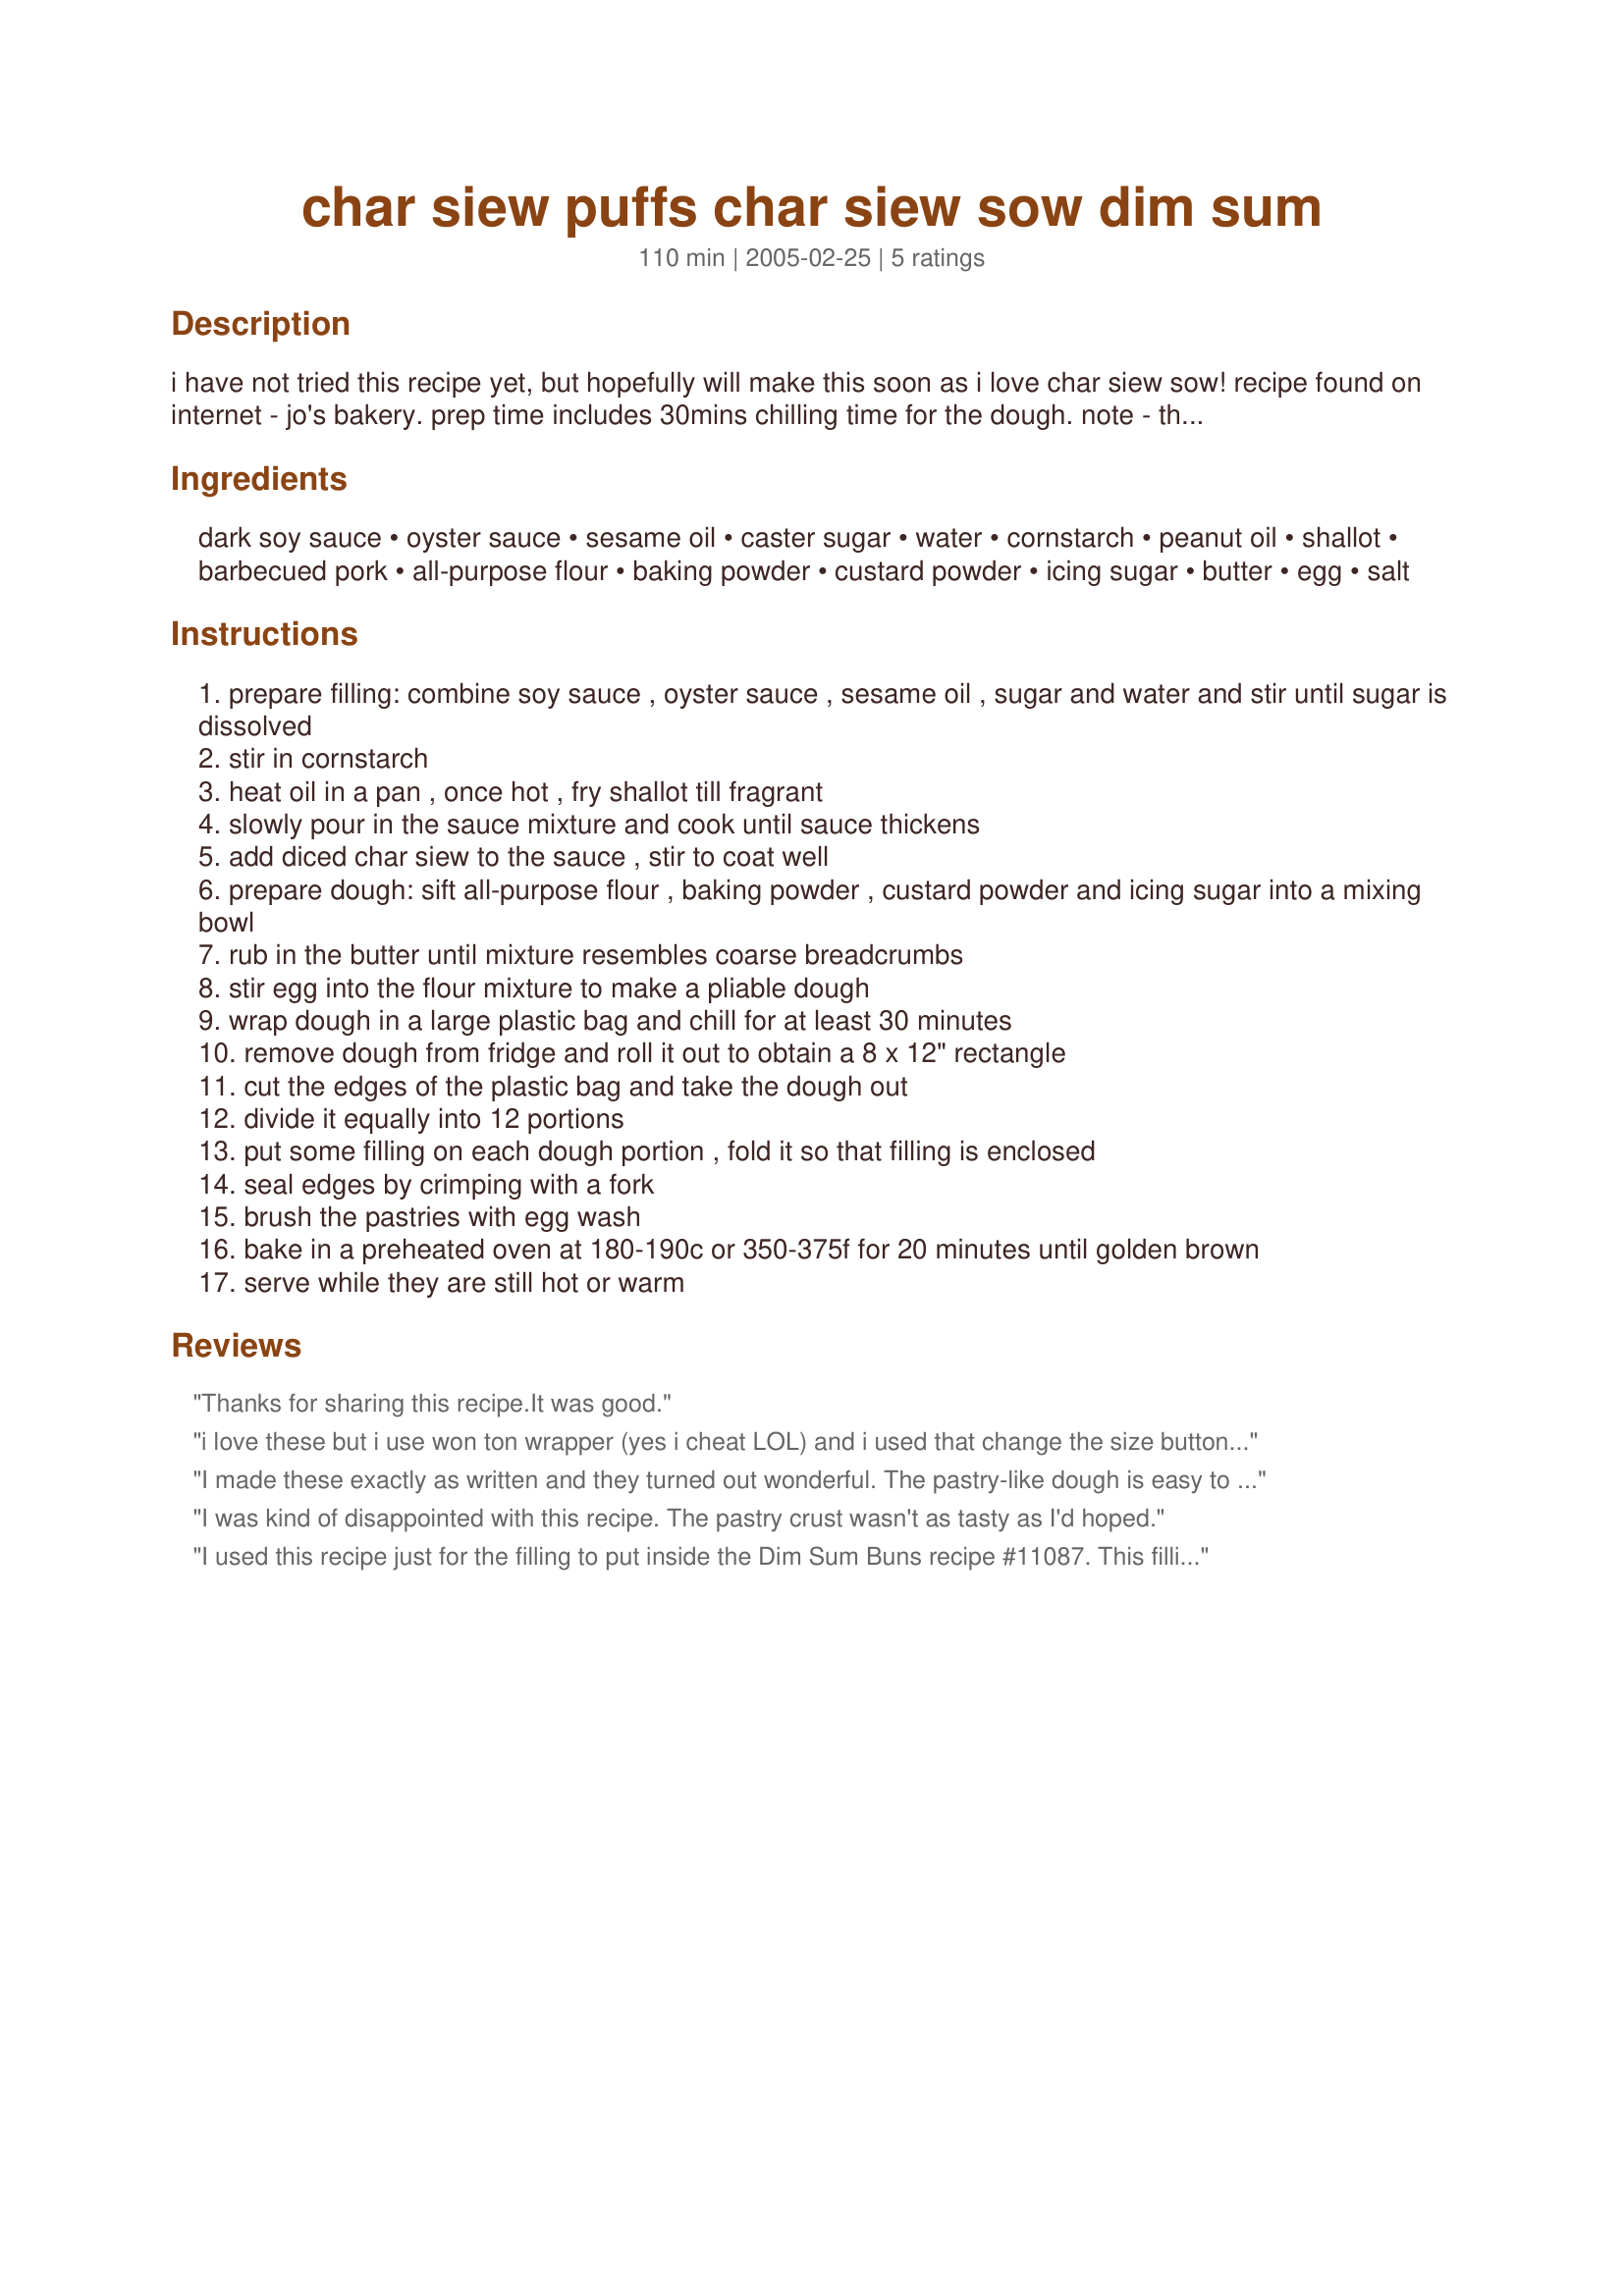
char siew puffs char siew sow dim sum
Preparation time: 110 minutes

i have not tried this recipe yet, but hopefully will make this soon as i love char siew sow! recipe found on internet - jo's bakery. prep time includes 30mins chilling time for the dough. note - this recipe is not really authentic as the fat used in traditional chinese pastry is usually lard instead of butter.

Ingredients:
dark soy sauce, oyster sauce, sesame oil, caster sugar, water, cornstarch, peanut oil, shallot, barbecued pork, all-purpose flour, baking powder, custard powder, icing sugar, butter, egg, salt

Steps:
prepare filling: combine soy sauce , oyster sauce , sesame oil , sugar and water and stir until sugar is dissolved
stir in cornstarch
heat oil in a pan , once hot , fry shallot till fragrant
slowly pour in the sauce mixture and cook until sauce thickens
add diced char siew to the sauce , stir to coat well
prepare dough: sift all-purpose flour , baking powder , custard powder and icing sugar into a mixing bowl
rub in the butter until mixture resembles coarse breadcrumbs
stir egg into the flour mixture to make a pliable dough
wrap dough in a large plastic bag and chill for at least 30 minutes
remove dough from fridge and roll it out to obtain a 8 x 12" rectangle
cut the edges of the plastic bag and take the dough out
divide it equally into 12 portions
put some filling on each dough portion , fold it so that filling is enclosed
seal edges by crimping with a fork
brush the pastries with egg wash
bake in a preheated oven at 180-190c or 350-375f for 20 minutes until golden brown
serve while they are still hot or warm

Reviews:
Thanks for sharing this recipe.It was good.
 i love these but i use won ton wrapper (yes i cheat LOL) and i used that change the size button it is VERY helpful
I made these exactly as written and they turned out wonderful. The pastry-like dough is easy to work with and though my results didn't look quite as professional as what you'd find in a dim sum house, the flavor is just as good, if not better, than what the experts make. My husband thought they were better than the char siew sow we recently had at a dim sum cafe. I used BBQ pork we got from a Chinatown shop. The filling is to die for....I couldn't stop picking at it while making these, it's a wonder there was enough for the puffs! Thanks much for posting this recipe Watermelon, I've been searching for it for a long time!
I was kind of disappointed with this recipe. The pastry crust wasn't as tasty as I'd hoped.
I used this recipe just for the filling to put inside the Dim Sum Buns recipe #11087. This filling was awesome. Thank you.
